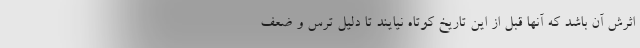
اثرش آن باشد که آنها قبل از این تاریخ کوتاه نیایند تا دلیل ترس و ضعف